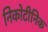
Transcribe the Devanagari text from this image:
निकोटीनिक